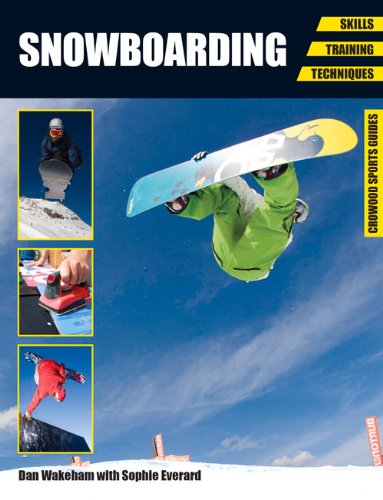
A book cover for Snowboarding: Skills, Training, Techniques (Crowood Sports Guides); Dan Wakeham; Sports & Outdoors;